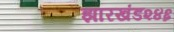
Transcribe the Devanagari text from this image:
झारखंड२४६